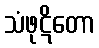
သံဖုဋိတော